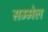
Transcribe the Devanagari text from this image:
सम्मेल